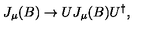
J _ { \mu } ( B ) \rightarrow U J _ { \mu } ( B ) U ^ { \dagger } ,